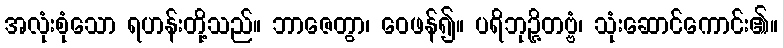
အလုံးစုံသော ရဟန်းတို့သည်။ ဘာဇေတွာ၊ ဝေဖန်၍။ ပရိဘုဉ္ဇိတဗ္ဗံ၊ သုံးဆောင်ကောင်း၏။